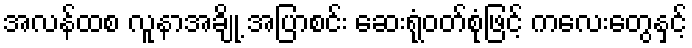
အလန်ထစ လူနာအချို့ အပြာစင်း ဆေးရုံဝတ်စုံဖြင့် ကလေးတွေနှင့်